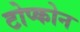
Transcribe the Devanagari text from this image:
टोप्कोन